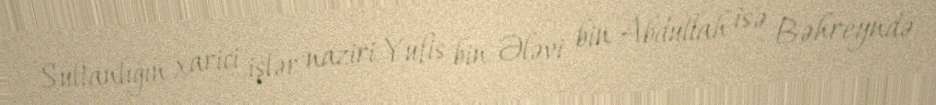
Sultanlığın xarici işlər naziri Yufis bin Ələvi bin Abdullah isə Bəhreyndə